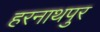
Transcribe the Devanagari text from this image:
हरनाथपुर